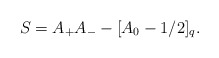
\begin{align*} S=A_{+}A_{-}-[A_0-1/2]_{q}.\end{align*}